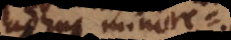
adhuc minore